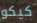
كيكو